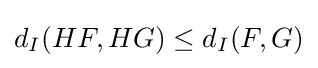
{\textstyle d_{I}(HF,HG)\leq d_{I}(F,G)}